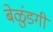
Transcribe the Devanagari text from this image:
बेळुंडगी